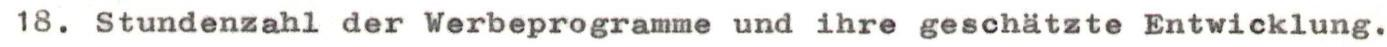
18. Stundenzahl der Werbeprogramme und ihre geschätzte Entwicklung.